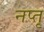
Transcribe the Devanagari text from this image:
नप्तृ